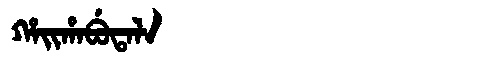
Manchu: ᡥᠠᡳᡥᠠᠪᡠᡨᠠᠯᠠ
Romanization: HAIHABUTALA